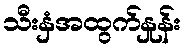
သီးနှံအထွက်နှုန်း